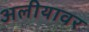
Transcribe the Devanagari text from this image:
अलीयावर